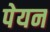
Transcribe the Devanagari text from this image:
पेयन